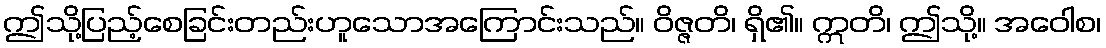
ဤသို့ပြည့်စေခြင်းတည်းဟူသောအကြောင်းသည်။ ဝိဇ္ဇတိ၊ ရှိ၏။ ဣတိ၊ ဤသို့။ အဝေါစ၊